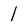
Character: l